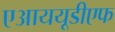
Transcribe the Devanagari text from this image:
एआययूडीएफ